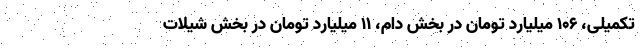
تکمیلی، ۱۰۶ میلیارد تومان در بخش دام، ۱۱ میلیارد تومان در بخش شیلات